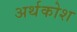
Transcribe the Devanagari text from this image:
अर्थकोश